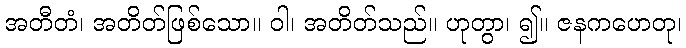
အတီတံ၊ အတိတ်ဖြစ်သော။ ဝါ၊ အတိတ်သည်။ ဟုတွာ၊ ၍။ ဇနကဟေတု၊